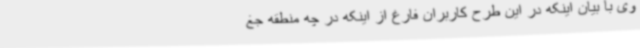
وی با بیان اینکه در این طرح کاربران فارغ از اینکه در چه منطقه‌ جغ